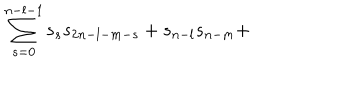
LaTeX: \sum _ { s = 0 } ^ { n - l - 1 } s _ { s } s _ { 2 n - l - m - s } + s _ { n - l } s _ { n - m } +